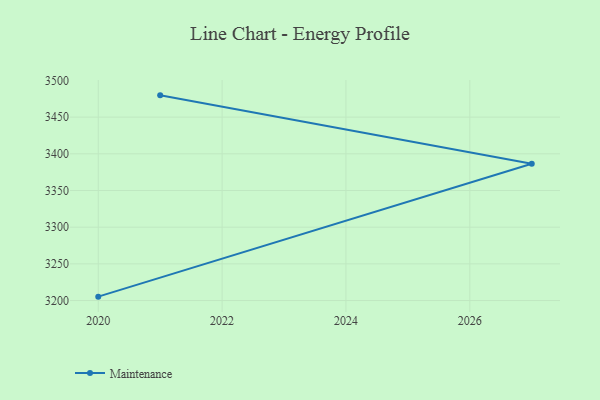
{"axis": {"x": "Year", "y": "Page Views"}, "legend": ["Maintenance"], "data": [{"x": "2020", "y": 3205.3, "type": "Maintenance"}, {"x": "2027", "y": 3386.5, "type": "Maintenance"}, {"x": "2021", "y": 3479.7, "type": "Maintenance"}]}